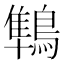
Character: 鶽